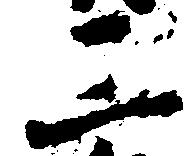
三